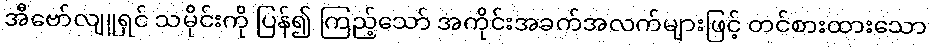
အီဗော်လျူရှင် သမိုင်းကို ပြန်၍ ကြည့်သော် အကိုင်းအခက်အလက်များဖြင့် တင်စားထားသော